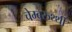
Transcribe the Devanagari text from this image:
चेम्बरुथ्थी